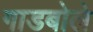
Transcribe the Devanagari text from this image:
गाडबोले